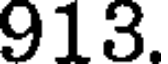
913.